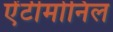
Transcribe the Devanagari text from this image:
ऐंटीमोनिल